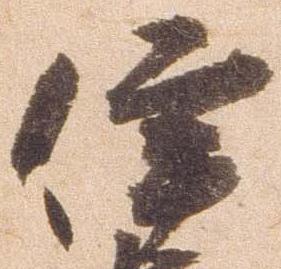
伊